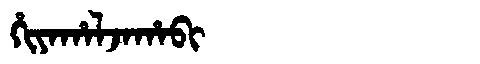
Manchu: ᡥᡳᠶᠠᡥᠠᠯᠵᠠᡥᠠᠪᡳ
Romanization: HIYAHALJAHABI